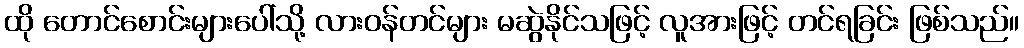
ထို တောင်စောင်းများပေါ်သို့ လားဝန်တင်များ မဆွဲနိုင်သဖြင့် လူအားဖြင့် တင်ရခြင်း ဖြစ်သည်။